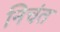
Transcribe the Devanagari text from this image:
निचंत